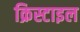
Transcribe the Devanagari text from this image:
क्रिस्टाइल